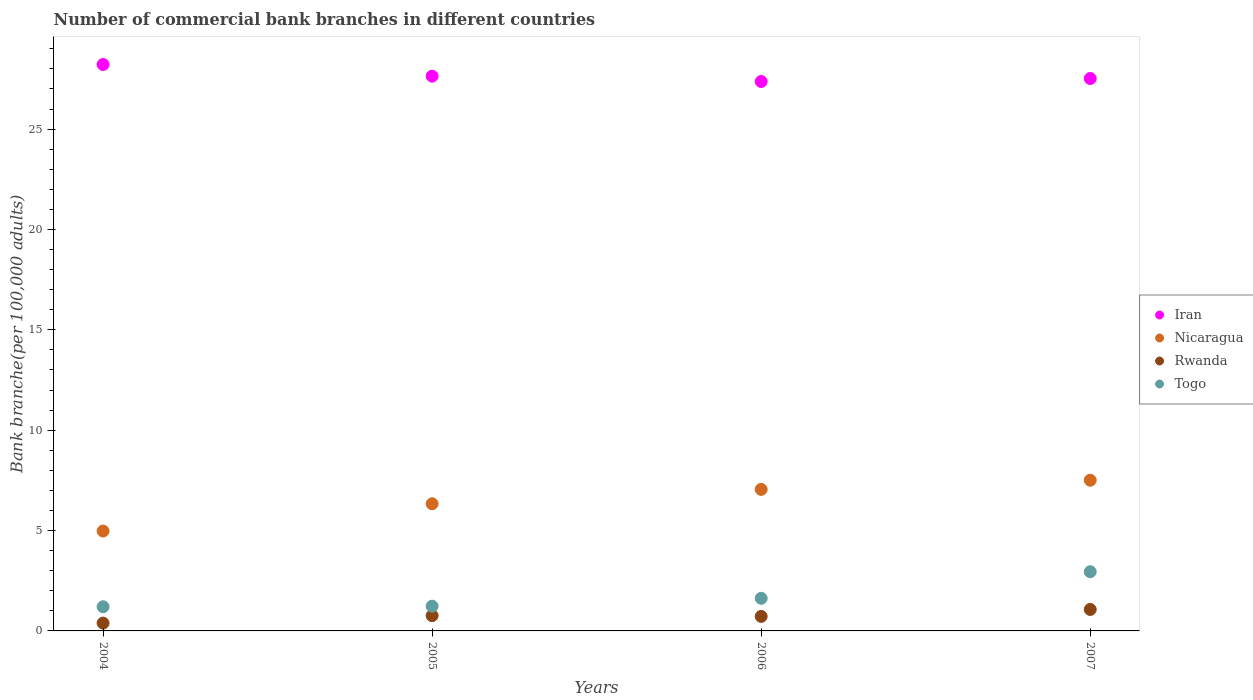
| Years | Iran | Nicaragua | Rwanda | Togo |
 | --- | --- | --- | --- | --- |
 | 2004 | 28.2 | 4.97 | 0.39 | 1.2 |
 | 2005 | 27.6 | 6.33 | 0.761 | 1.23 |
 | 2006 | 27.4 | 7.05 | 0.724 | 1.63 |
 | 2007 | 27.5 | 7.51 | 1.07 | 2.95 |